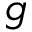
g